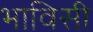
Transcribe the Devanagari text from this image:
भाविसी